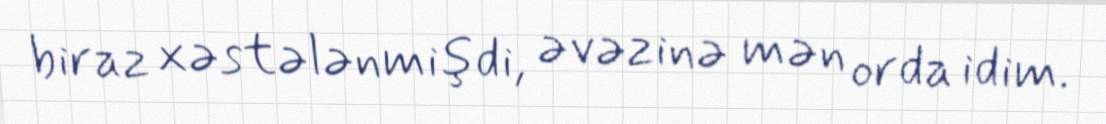
biraz xəstələnmişdi, əvəzinə mən orda idim.